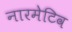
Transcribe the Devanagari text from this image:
नारमेटिव